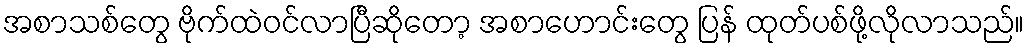
အစာသစ်တွေ ဗိုက်ထဲဝင်လာပြီဆိုတော့ အစာဟောင်းတွေ ပြန် ထုတ်ပစ်ဖို့လိုလာသည်။